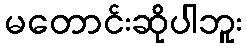
မတောင်းဆိုပါဘူး